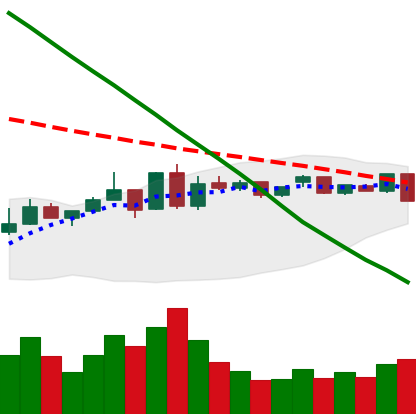
Ticker: ETC-USD
Chart end date: 2019-01-07
Forward return: -7.216%
Label: down_7plus